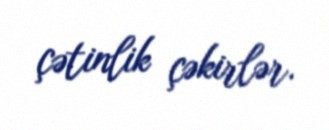
çətinlik çəkirlər.